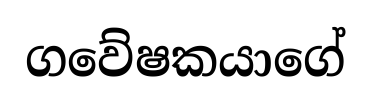
ගවේෂකයාගේ